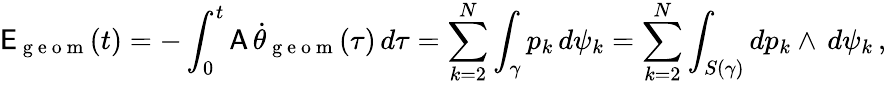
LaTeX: \mathsf{E}_{\mathrm{~g~e~o~m~}}(t)=-\int_{0}^{t}\mathsf{A}\, \dot{\theta}_{\mathrm{~g~e~o~m~}}(\tau)\, d\tau=\sum_{k=2}^{N}\int_{\gamma}p_{k}\, d\psi_{k}=\sum_{k=2}^{N}\int_{S(\gamma)}dp_{k}\wedge\, d\psi_{k}\, ,